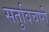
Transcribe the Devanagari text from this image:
सतुविचारी